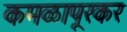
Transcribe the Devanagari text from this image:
कमळापूरकर